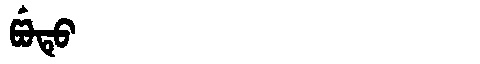
Manchu: ᡦᡠᡨᡠ
Romanization: PUTU